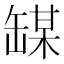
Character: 𫄼